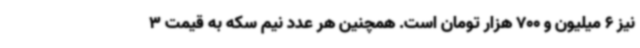
نیز 6 میلیون و 700 هزار تومان است. همچنین هر عدد نیم سکه به قیمت 3